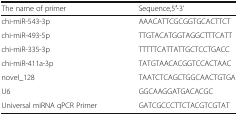
<table><thead><tr><td><b>The name of primer</b></td><td><b>Sequence,5′-3’</b></td></tr></thead><tbody><tr><td>chi-miR-543-3p</td><td>AAACATTCGCGGTGCACTTCT</td></tr><tr><td>chi-miR-493-5p</td><td>TTGTACATGGTAGGCTTTCATT</td></tr><tr><td>chi-miR-335-3p</td><td>TTTTTCATTATTGCTCCTGACC</td></tr><tr><td>chi-miR-411a-3p</td><td>TATGTAACACGGTCCACTAAC</td></tr><tr><td>novel_128</td><td>TAATCTCAGCTGGCAACTGTGA</td></tr><tr><td>U6</td><td>GGCAAGGATGACACGC</td></tr><tr><td>Universal miRNA qPCR Primer</td><td>GATCGCCCTTCTACGTCGTAT</td></tr></tbody></table>